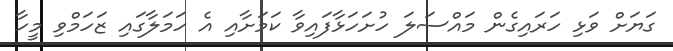
ގަޔަށް ވަޅި ހަރައިގެން މައްސަލަ ހުށަހަޅާފައިވާ ކަމަށާއި އެ ހަމަލާގައި ޒަހަމްވި މީހާ